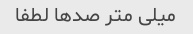
میلی متر صدها لطفا